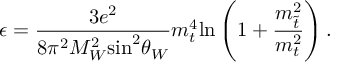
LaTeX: \epsilon = \frac { 3 e ^ { 2 } } { 8 \pi ^ { 2 } M _ { W } ^ { 2 } \mathrm { s i n } ^ { 2 } \theta _ { W } } m _ { t } ^ { 4 } \mathrm { l n } \left( 1 + \frac { { m } _ { \tilde { t } } ^ { 2 } } { m _ { t } ^ { 2 } } \right) .